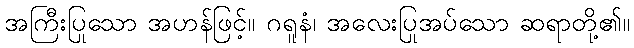
အကြီးပြုသော အဟန်ဖြင့်။ ဂရူနံ၊ အလေးပြုအပ်သော ဆရာတို့၏။